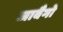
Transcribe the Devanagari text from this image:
जावैगो